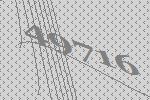
49716